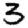
Digit: 3